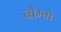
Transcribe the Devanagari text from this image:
बोम्बो